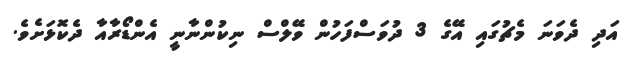
އަދި ދެވަނަ މެޗުގައި އޭގެ 3 ދުވަސްފަހުން ވޭލްސް ނިކުންނާނީ އެންޑޯރާއާ ދެކޮޅަށެވެ.